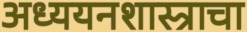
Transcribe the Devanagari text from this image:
अध्ययनशास्त्राचा